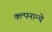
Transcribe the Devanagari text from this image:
क्ल्पनान्चे